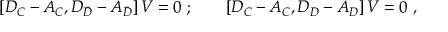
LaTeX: \left[ { \cal D } _ { C } - { \cal A } _ { C } , { \cal D } _ { \bar { D } } - { \cal A } _ { \bar { D } } \right] { \cal V } = 0 \ ; \qquad \left[ { \cal D } _ { C } - { \cal A } _ { C } , { \cal D } _ { D } - { \cal A } _ { D } \right] { \cal V } = 0 \ ,